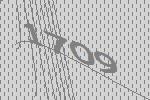
1709